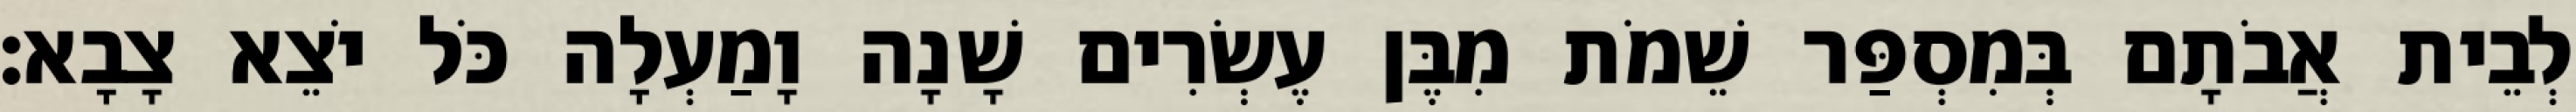
לְבֵית אֲבֹתָם בְּמִסְפַּר שֵׁמֹת מִבֶּן עֶשְׂרִים שָׁנָה וָמַעְלָה כֹּל יֹצֵא צָבָא׃